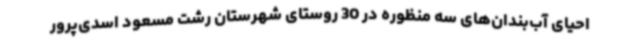
احیای آب‌بندان‌های سه منظوره در 30 روستای شهرستان رشت مسعود اسدی‌پرور